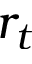
r _ { t }